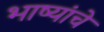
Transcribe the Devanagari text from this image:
भाष्यांचे